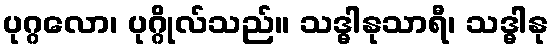
ပုဂ္ဂလော၊ ပုဂ္ဂိုလ်သည်။ သဒ္ဓါနုသာရီ၊ သဒ္ဓါနု